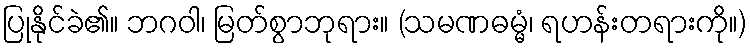
ပြုနိုင်ခဲ၏။ ဘဂဝါ၊ မြတ်စွာဘုရား။ (သမဏဓမ္မံ၊ ရဟန်းတရားကို။)